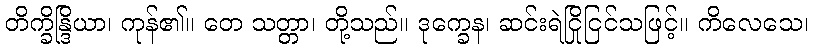
တိက္ခိန္ဒြိယာ၊ ကုန်၏။ တေ သတ္တာ၊ တို့သည်။ ဒုက္ခေန၊ ဆင်းရဲငြိုငြင်သဖြင့်။ ကိလေသေ၊